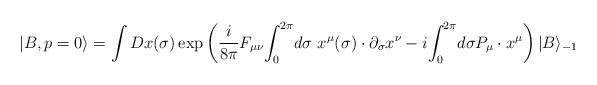
LaTeX: \begin{align*}|B, p=0\rangle =\int Dx(\sigma)\exp\left({i\over 8\pi}F_{\mu\nu}{\int_0}^{2\pi} d\sigma ~x^{\mu}(\sigma)\cdot\partial_{\sigma}x^{\nu}-i{\int_0}^{2\pi} d\sigma P_\mu\cdot x^{\mu}\right)|B\rangle_{-1}\end{align*}